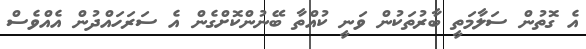
އެ ގޮތުން ސަލާމަތީ ބާރުތަކުން ވަނީ ކުއްތާ ބޭނުންކޮށްގެން އެ ސަރަހައްދުން އެއްވެސް